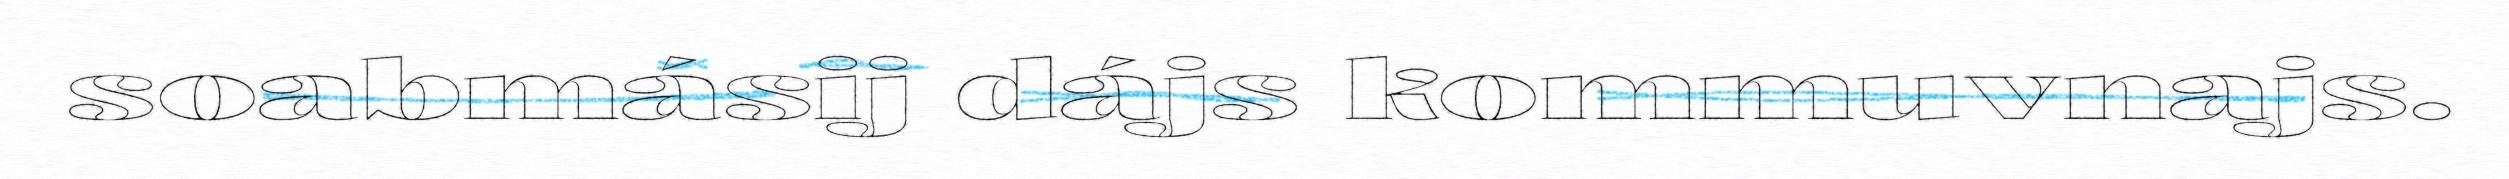
soabmásij dájs kommuvnajs.